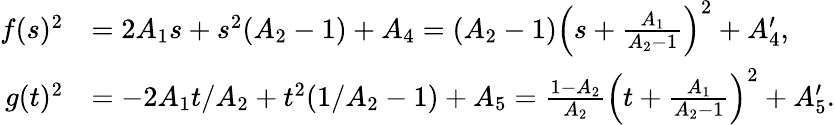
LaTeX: \begin{array}{rl}{f(s)^{2}}&{=2A_{1}s+s^{2}(A_{2}-1)+A_{4}=(A_{2}-1)\left(s+\frac{A_{1}}{A_{2}-1}\right)^{2}+A_{4}^{\prime},}\\ {g(t)^{2}}&{=-2A_{1}t/A_{2}+t^{2}(1/A_{2}-1)+A_{5}=\frac{1-A_{2}}{A_{2}}\left(t+\frac{A_{1}}{A_{2}-1}\right)^{2}+A_{5}^{\prime}.}\end{array}